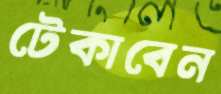
টেকাবেন